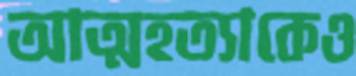
আত্মহত্যাকেও